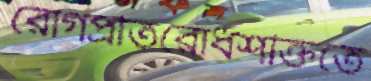
রোগপ্রতিরোধশক্তিতে